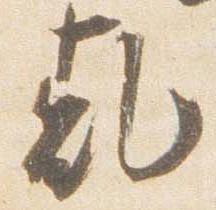
乾